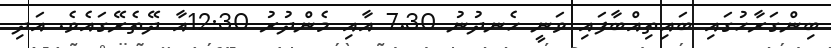
ބިންގަރާހުގައި ބައިތިއްބާފައި ވަނީ ހެނދުނު 7.30 އާއި މެންދުރު 12:30އާ ދޭތެރޭގައެވެ. އަދި